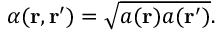
\alpha ( \mathbf { r } , \mathbf { r } ^ { \prime } ) = \sqrt { a ( \mathbf { r } ) a ( \mathbf { r } ^ { \prime } ) } .